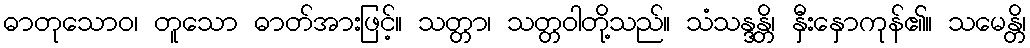
ဓာတုသောဝ၊ တူသော ဓာတ်အားဖြင့်။ သတ္တာ၊ သတ္တဝါတို့သည်။ သံသန္ဒန္တိ၊ နှီးနှောကုန်၏။ သမေန္တိ၊